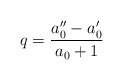
\begin{align*}q=\frac{a_{0}^{\prime\prime}-a_{0}^{\prime}}{a_{0}+1} \end{align*}